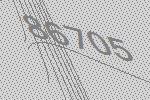
86705